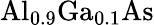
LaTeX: \mathrm{{Al_{0.9}Ga_{0.1}As}}